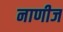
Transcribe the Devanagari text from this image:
नाणीज